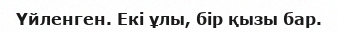
Үйленген. Екі ұлы, бір қызы бар.